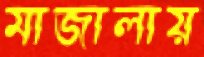
মাজালায়